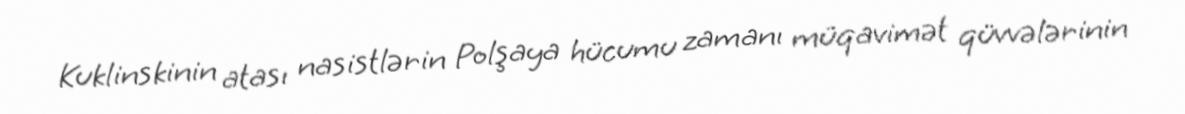
Kuklinskinin atası nasistlərin Polşaya hücumu zamanı müqavimət qüvvələrinin